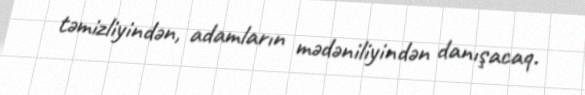
təmizliyindən, adamların mədəniliyindən danışacaq.